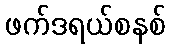
ဖက်ဒရယ်စနစ်